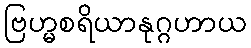
ဗြဟ္မစရိယာနုဂ္ဂဟာယ